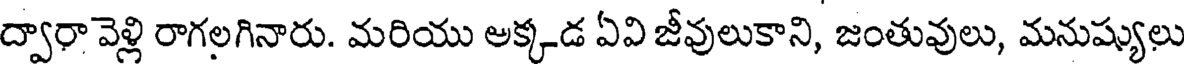
ద్వారా వెళ్లి రాగలగినారు. మరియు అక్కడ ఏవి జీవులుకాని, జంతువులు, మనుష్యులు